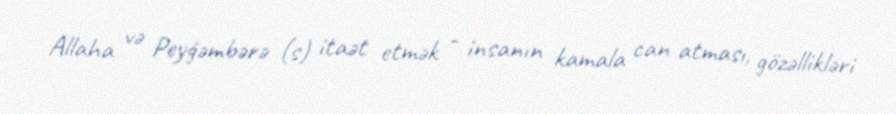
Allaha və Peyğəmbərə (s) itaət etmək - insanın kamala can atması, gözəllikləri